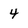
Character: 4